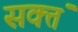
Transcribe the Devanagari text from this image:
सक्तं